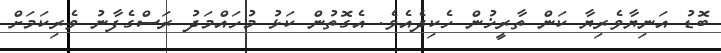
ބޮޑު އަނިޔާވެރިޔާ ކަން ތާރީޚުން ހެކިދެއެވެ. އެގޮތުން ކަޅު މުހައްމަދު ރަސްގެފާނު ވެރިކަމަށް